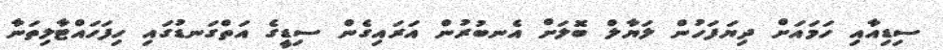
ސިޑިއާއި ހަމައަށް ދިޔަފަހުން ލަޔާލް ބޮލަށް އެނބުރުން އަރައިގެން ސިޑީގެ އަތްގަނޑުގައި ހިފަހައްޓާލިތަނާ